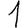
Digit: 1